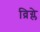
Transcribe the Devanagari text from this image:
व्रिग्ले